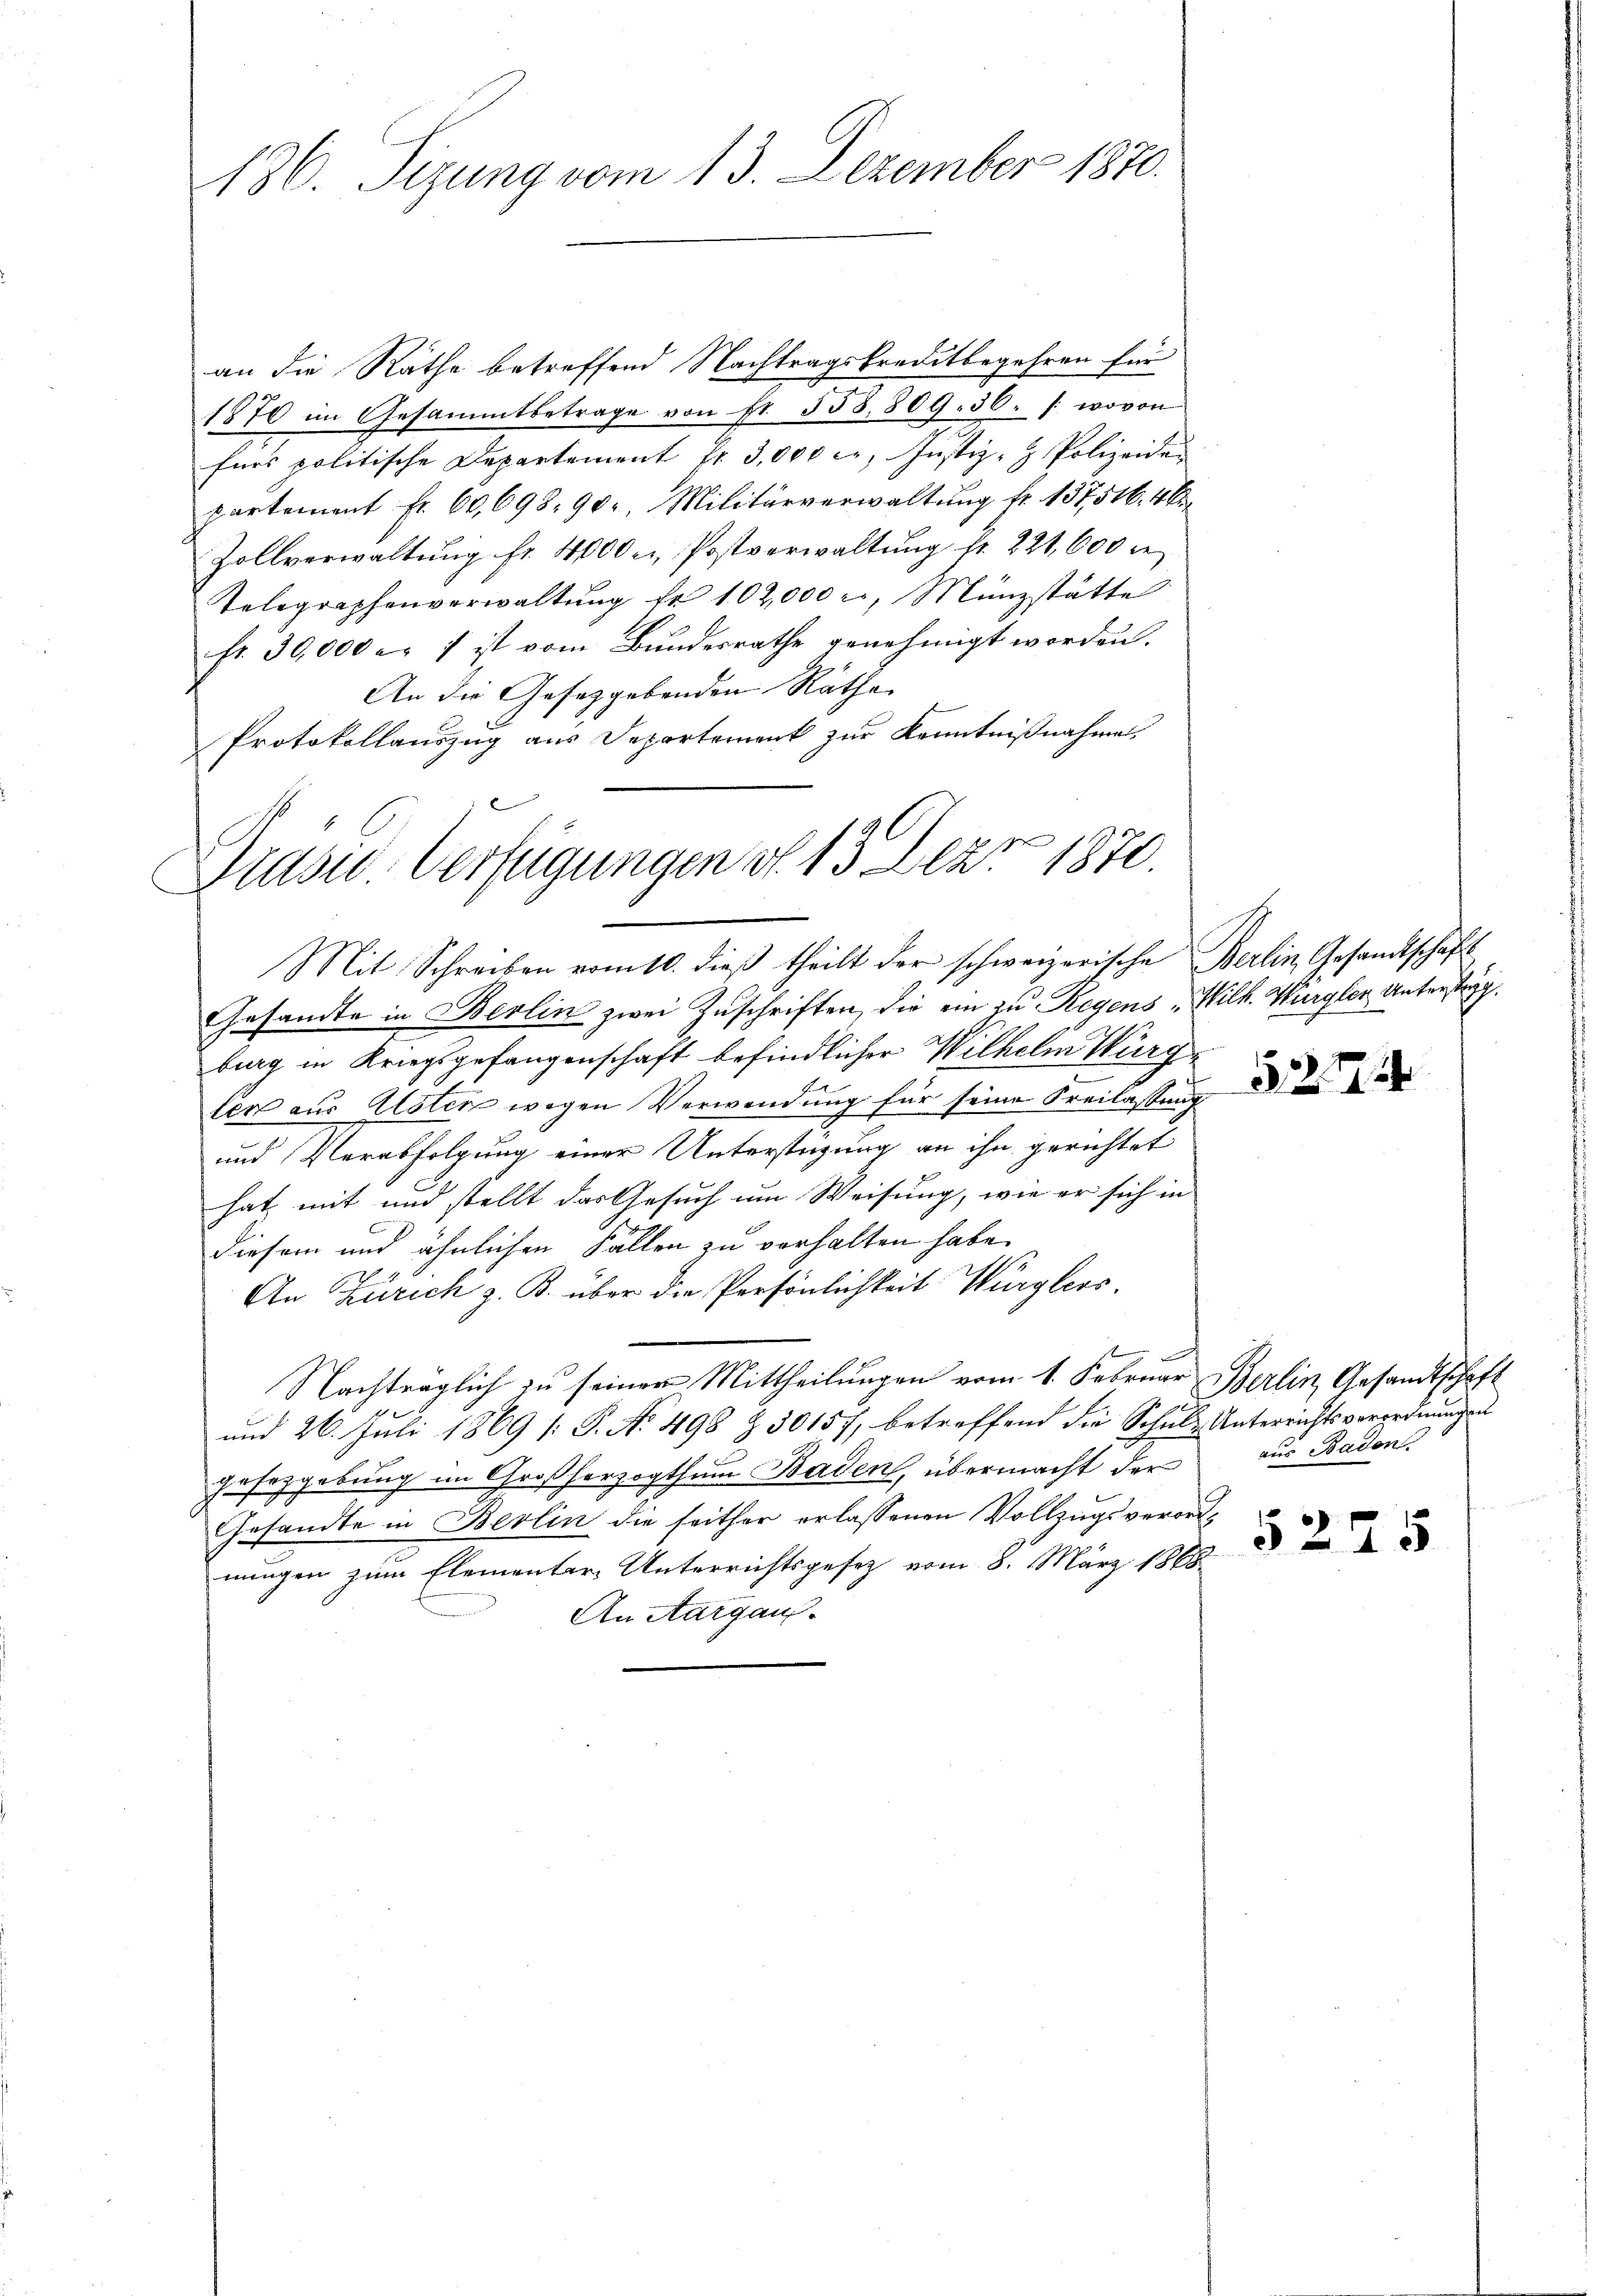
136. Sizung vom 13. Dezember 1870.

an die Räthe betreffend Nachtragskreditbegehren für
1870 im Gesammtbetrage von fr. 558.809. 36. /: wovon
fürs politische Departement Nr. 3,000 er, Justiz- & Polizeide
partement Fr. 60, 698. 90, Militärverwaltung fr. 137516. 46
Zollverwaltŭng fr. 4000 u. Postverwaltŭng fr. 221,600 n
Telegraphenverwaltung fr. 102,000 er, Münzstätte
fr. 30,000 er 7 ist vom Bundesrathe genehmigt worden.
An die Gesetzgebenden Räthe
Protokollauszug aus Departement zur Kenntnißnahme

Präsid. Verfügungen d. 13. Der 1872.
Mit Schreiben vom 10. dieβ theilt der schweizerische Berlin Gesandtschäft

Gesandte in Berlin zwei Zuschriften, die ein zu Regens "Wilh. Würgler Untersteg.
burg in Kriegsgefangenschaft befindlicher Wilhelm Würgler aus Alster wegen Verwendung für seine Freilassung
und Verabfolgung einer Unterstüzung an ihn gerichtet
hat mit und stellt das Gesuch um Weisung, wie er sich in
diesem und ähnlichen Fällen zu verhalten habe.
An Zürich z. B. über die Persönlichkeit Würglers.
g
Nachträglich zu seiner Mittheilungen vom 1. Februar Berlin Gesandtschaft
und 26. Juli 1869 1: P. No 498 Z. 50157, betreffend die Schulz Unterrichtsverordnungent
gesetzgebung im Großherzogthum Baden, übermacht der
Gesandte in Berlin die seither erlassenen Vollzugsverordnungen zum Elementer Unterrichtsgesez vom 8. März 1868
An Aargaus.

527

¬

aus Baden

5275